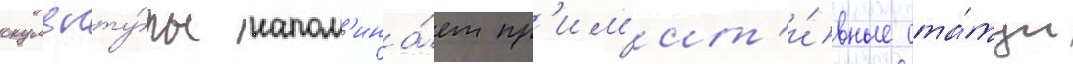
скульпту́ры напом'ина́ет пр'им'ит'и́вные ста́туи